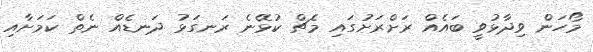
މޯހަން ވިދާޅުވީ ބައެއް ރަށްރަށުގައި މެޗް ކުޅޭނެ ރަނގަޅު ދަނޑެއް ނެތް ކަމަށާއި